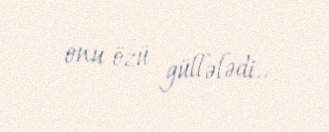
onu özü güllələdi..